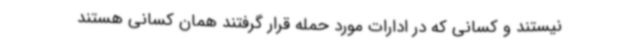
نیستند و کسانی که در ادارات مورد حمله قرار گرفتند همان کسانی هستند